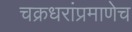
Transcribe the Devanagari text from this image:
चक्रधरांप्रमाणेच